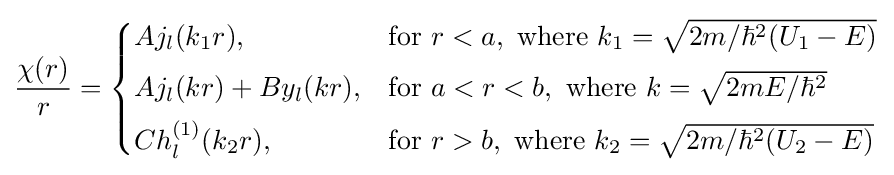
{\frac {\chi (r)}{r}}={\begin{cases}Aj_{l}({k_{1}r}),&{\text{for }}r<a,{\text{ where }}k_{1}={\sqrt {2m/\hbar ^{2}(U_{1}-E)}}\\[1ex]Aj_{l}({kr})+By_{l}({kr}),&{\text{for }}a<r<b,{\text{ where }}k={\sqrt {2mE/\hbar ^{2}}}\\[1ex]Ch_{l}^{(1)}({k_{2}r}),&{\text{for }}r>b,{\text{ where }}k_{2}={\sqrt {2m/\hbar ^{2}(U_{2}-E)}}\end{cases}}